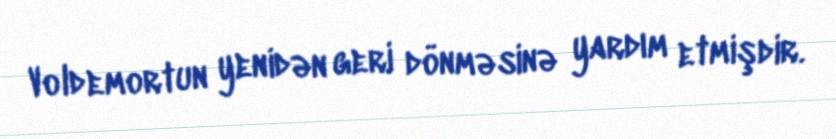
Voldemortun yenidən geri dönməsinə yardım etmişdir.